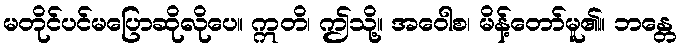
မတိုင်ပင်မပြောဆိုလိုပေ။ ဣတိ၊ ဤသို့။ အဝေါစ၊ မိန့်တော်မူ၏။ ဘန္တေ